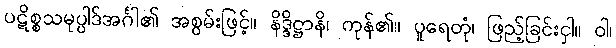
ပဋိစ္စသမုပ္ပါဒ်အင်္ဂါ၏ အစွမ်းဖြင့်။ နိဒ္ဒိဋ္ဌာနိ၊ ကုန်၏။ ပူရေတုံ၊ ဖြည့်ခြင်းငှါ။ ဝါ၊